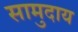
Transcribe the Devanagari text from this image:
सामुदाय